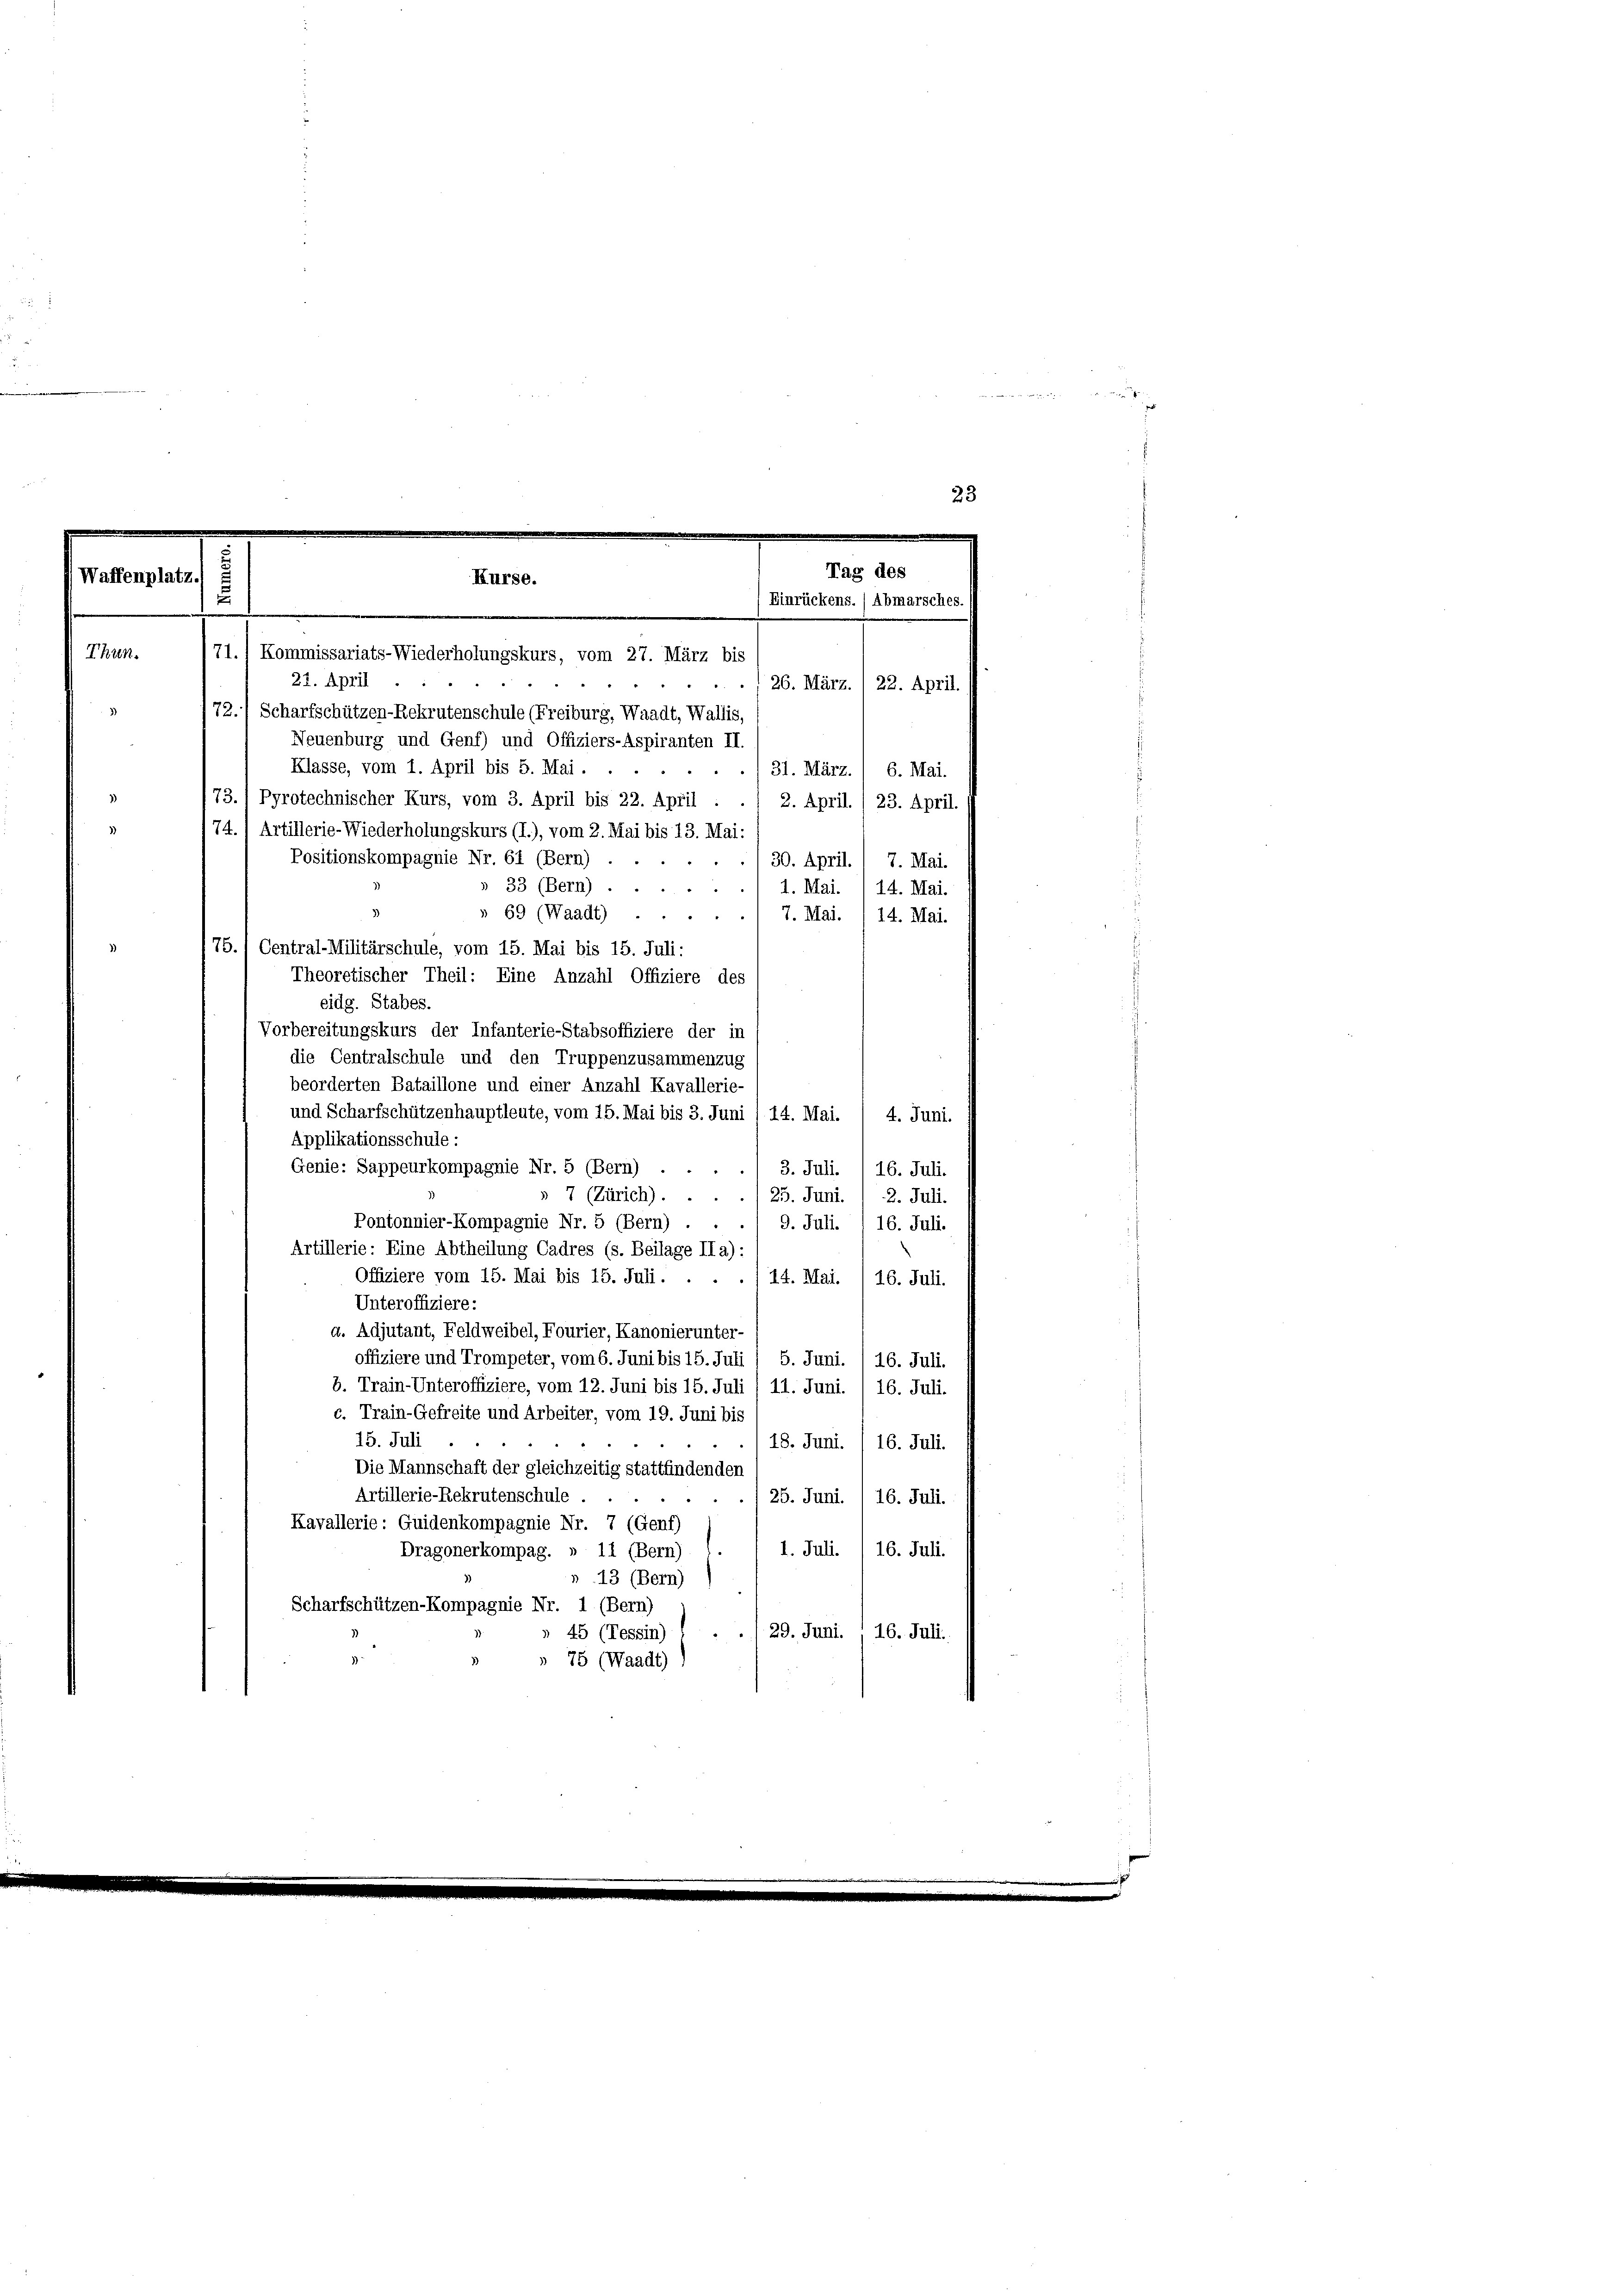
Waffenplatz.

Theoretischer Theil: Eine Anzahl Offiziere des
eidg. Stabes.
Vorbereitungskurs der Infanterie-Stabsoffiziere der in
die Centralschule und den Truppenzusammenzug
beorderten Bataillone und einer Anzahl Kavallerie-
und Scharfschützenhauptleute, vom 15. Mai bis 3. Juni / 14. Mai.
4. Juni.
Applikationsschule:
Genie: Sappeurkompagnie Nr. 5 (Bern)
3. Juli. 16. Juli.
7 (Zürich).
25. Juni. 12. Juli.
Pontonnier-Kompagnie Nr. 5 (Bern)
9. Juli. I 16. Juli.
Artillerie: Eine Abtheilung Cadres (s. Beilage IIa):
Offiziere vom 15. Mai bis 15. Juli . . .
14. Mai. /16. Juli
Unteroffiziere:
a. Adjutant, Feldweibel, Fourier, Kanonierunter-
offiziere und Trompeter, vom 6. Juni bis 15. Juli / 5. Juni. / 16. Juli.
8. Train-Unteroffiziere, vom 12. Juni bis 15. Juli 1 11. Juni. , 16. Juli.
c. Train-Gefreite und Arbeiter, vom 19. Juni bis
15. Juli
18. Juni. /16. Juli.
Die Mannschaft der gleichzeitig stattfindenden
Artillerie-Rekrutenschule.
25. Juni. 1 16. Juli.
Kavallerie: Guidenkompagnie Nr. 7 (Genf)
1. Juli. / 16. Juli.
Dragonerkompag. » 11 (Bern)
13 (Bern)
Scharfschützen-Kompagnie Nr. 1 (Bern)
29. Juni.
16. Juli.
» 45 (Tessin)
75 (Waadt)

23
Tag des
Kurse.
5
(Einrückens. / Abmarsches.
Thun.
71.) Kommissariats-Wiederholungskurs, vom 27. März bis
21. April
26. März. / 22. April
72.) Scharfschützen-Rekrutenschule (Freiburg, Waadt, Wallis
Neuenburg und Genf) und Offiziers-Aspiranten II
Klasse, vom 1. April bis 5. Mai.
31. März. / 6. Mai.
73.) Pyrotechnischer Kurs, vom 3. April bis 22. April.
2. April. / 23. April.
74.) Artillerie-Wiederholungskurs (I.), vom 2. Mai bis 13. Mai:
Positionskompagnie Nr. 61 (Bern)
30. April. 1 7. Mai.
33 (Bern).
1. Mai. 14. Mai.
 69 (Waadt)
7. Mai. /14. Mai.
75.1 Central-Militärschule, vom 15. Mai bis 15. Juli: